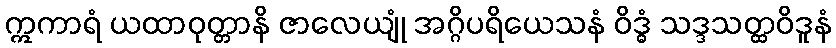
ဣကာရံ ယထာဝုတ္တာနိ ဇာလေယျုံ အဂ္ဂိပရိယေသနံ ဝိဒ္ဓံ သဒ္ဒသတ္ထဝိဒူနံ